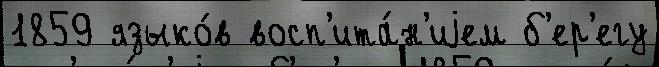
1859 языко́в восп'ита́н'иjем б'ер'егу